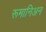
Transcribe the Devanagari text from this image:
रूमानिअन